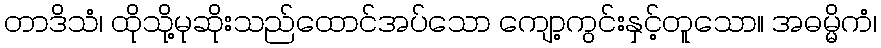
တာဒိသံ၊ ထိုသို့မုဆိုးသည်ထောင်အပ်သော ကျော့ကွင်းနှင့်တူသော။ အဓမ္မိကံ၊